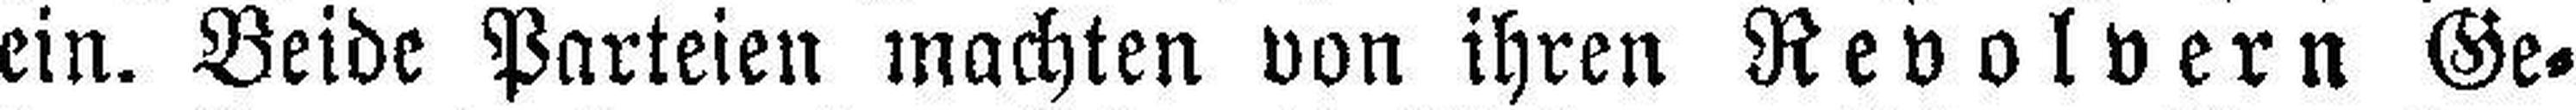
ein. Beide Parteien machten von ihren Revolvern Ge¬